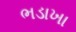
ભડાખા